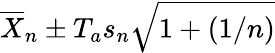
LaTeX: {\overline{{X}}}_{n}\pm T_{a}s_{n}{\sqrt{1+(1/n)}}